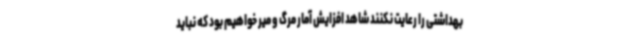
بهداشتی را رعایت نکنند شاهد افزایش آمار مرگ و میر خواهیم بود که نباید